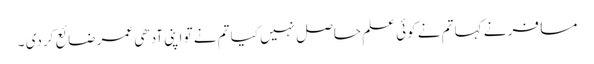
مسافر نے کہا تم نے کوئی علم حاصل نہیں کیا تم نے تو اپنی آدھی عمر ضائع کردی ۔